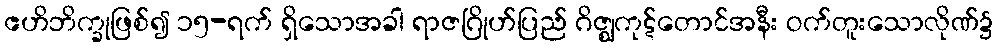
ဧဟိဘိက္ခုဖြစ်၍ ၁၅-ရက် ရှိသောအခါ ရာဇဂြိုဟ်ပြည် ဂိဇ္ဈကုဋ်တောင်အနီး ဝက်တူးသောလိုဏ်၌